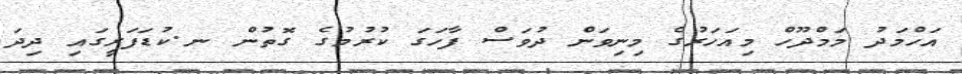
އަހްމަދު މަމްދޫހް މިއަހަރުގެ މިނިވަން ދުވަސް ފާހަގަ ކުރުމުގެ ގޮތުން ނ.ކުޑަފަރީގައި ދިދަ